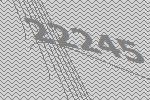
22245